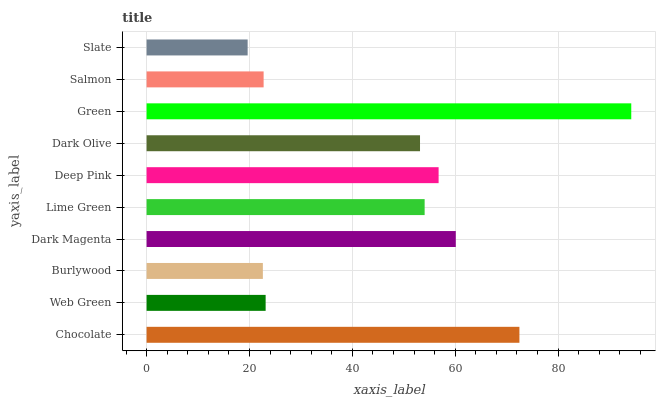
| yaxis_label | bars |
 | --- | --- |
 | Chocolate | 72.5 |
 | Web Green | 23.2 |
 | Burlywood | 22.6 |
 | Dark Magenta | 60.1 |
 | Lime Green | 54.1 |
 | Deep Pink | 56.8 |
 | Dark Olive | 53.2 |
 | Green | 94.2 |
 | Salmon | 22.8 |
 | Slate | 19.7 |